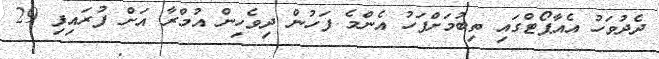
ދެދުވަހު އެއާޕޯޓްގައި ތިބުމަށްފަހު އެންމެ ފަހުން ދިވެހިން އުމްރާ އަށް ފުރައިފި 29